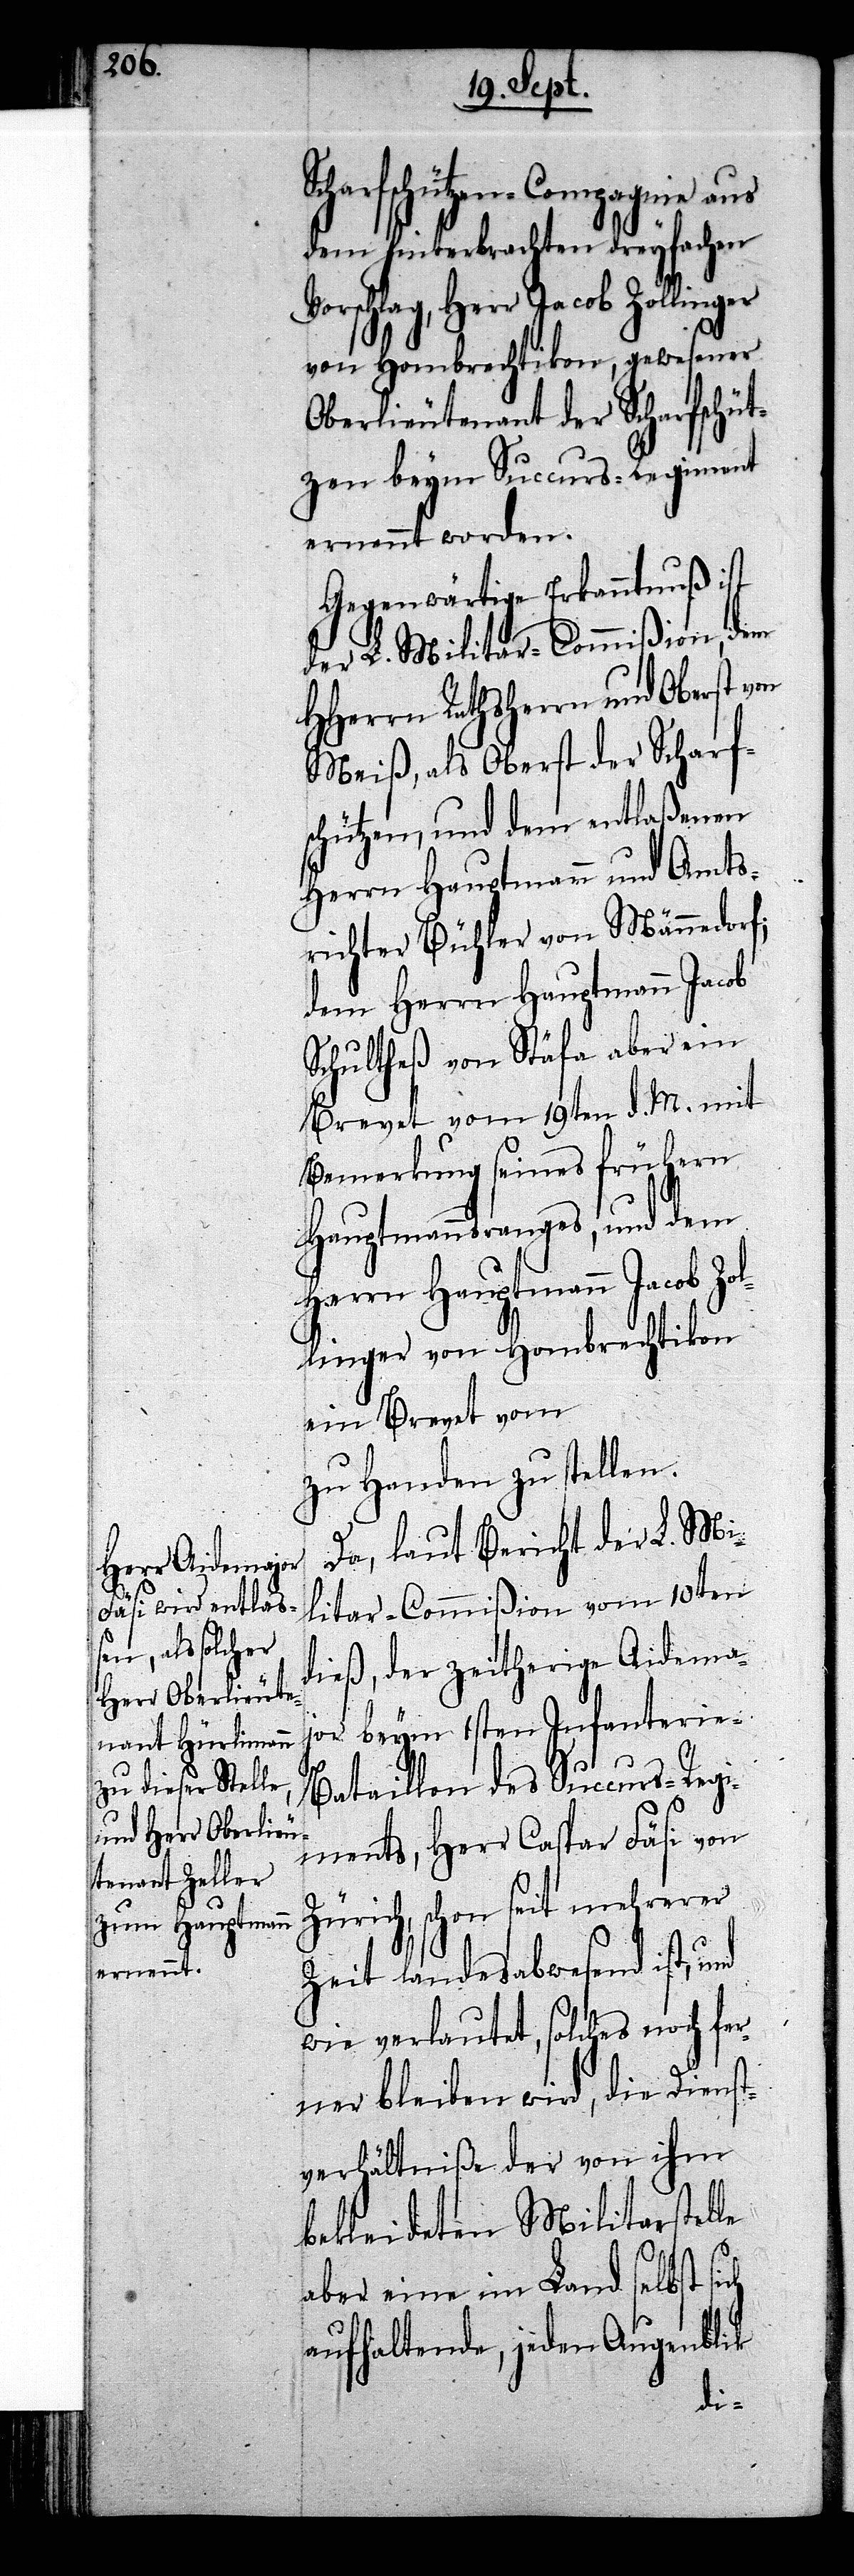
charfschützen-Compagnie aus
dem hinterbrachten dreyfachen
Vorschlag, Herr Jacob Zollinger
ch
von Hombrechtikon, gewesener
Oberlieutenant der Scharfschüt¬
zen beym Succurs-Regiment
ernennt worden.
Gegenwärtige Erkanntnuß ist
der L. Militar-Commißion, dem
HHerrn Rathsherrn und Oberst von
Meiß, als Oberst der Scharfs¬
chützen, und dem entlaßenen
Herrn Hauptmann und Amts¬
richter Bühler von Männedorf;
dem Herrn Hauptmann Jacob
Schultheß von Stäfa aber ein
Brevet vom 19ten d. M. mit
Bemerkung seines frühern
Hauptmannsranges, und dem
Herrn Hauptmann Jacob Zol¬
linger von Hombrechtikon
ein Brevet vom
zu Handen zu stellen.
Da, laut Bericht der L. Mi¬
litar-Commißion vom 10ten
dieß, der zeitherige Aidema¬
jor beym 1sten Infanterie-B¬
ataillon des Succurs-Regi¬
ments, Herr Caspar Fäsi von
Zürich, schon seit mehrerer
Zeit landesabwesend ist,
wie verlautet, solches noch fer¬
ner bleiben wird, die Dienst¬
verhältniße der von ihm
bekleideten Militarstelle
aber eine im Land selbst si¬
aufhaltende, jeden Augenblik